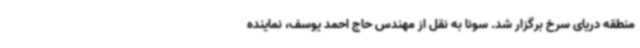
منطقه دریای سرخ برگزار شد. سونا به نقل از مهندس حاج احمد یوسف، نماینده